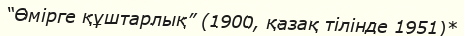
“Өмірге құштарлық” (1900, қазақ тілінде 1951)*